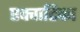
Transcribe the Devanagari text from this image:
एक्वाटिका